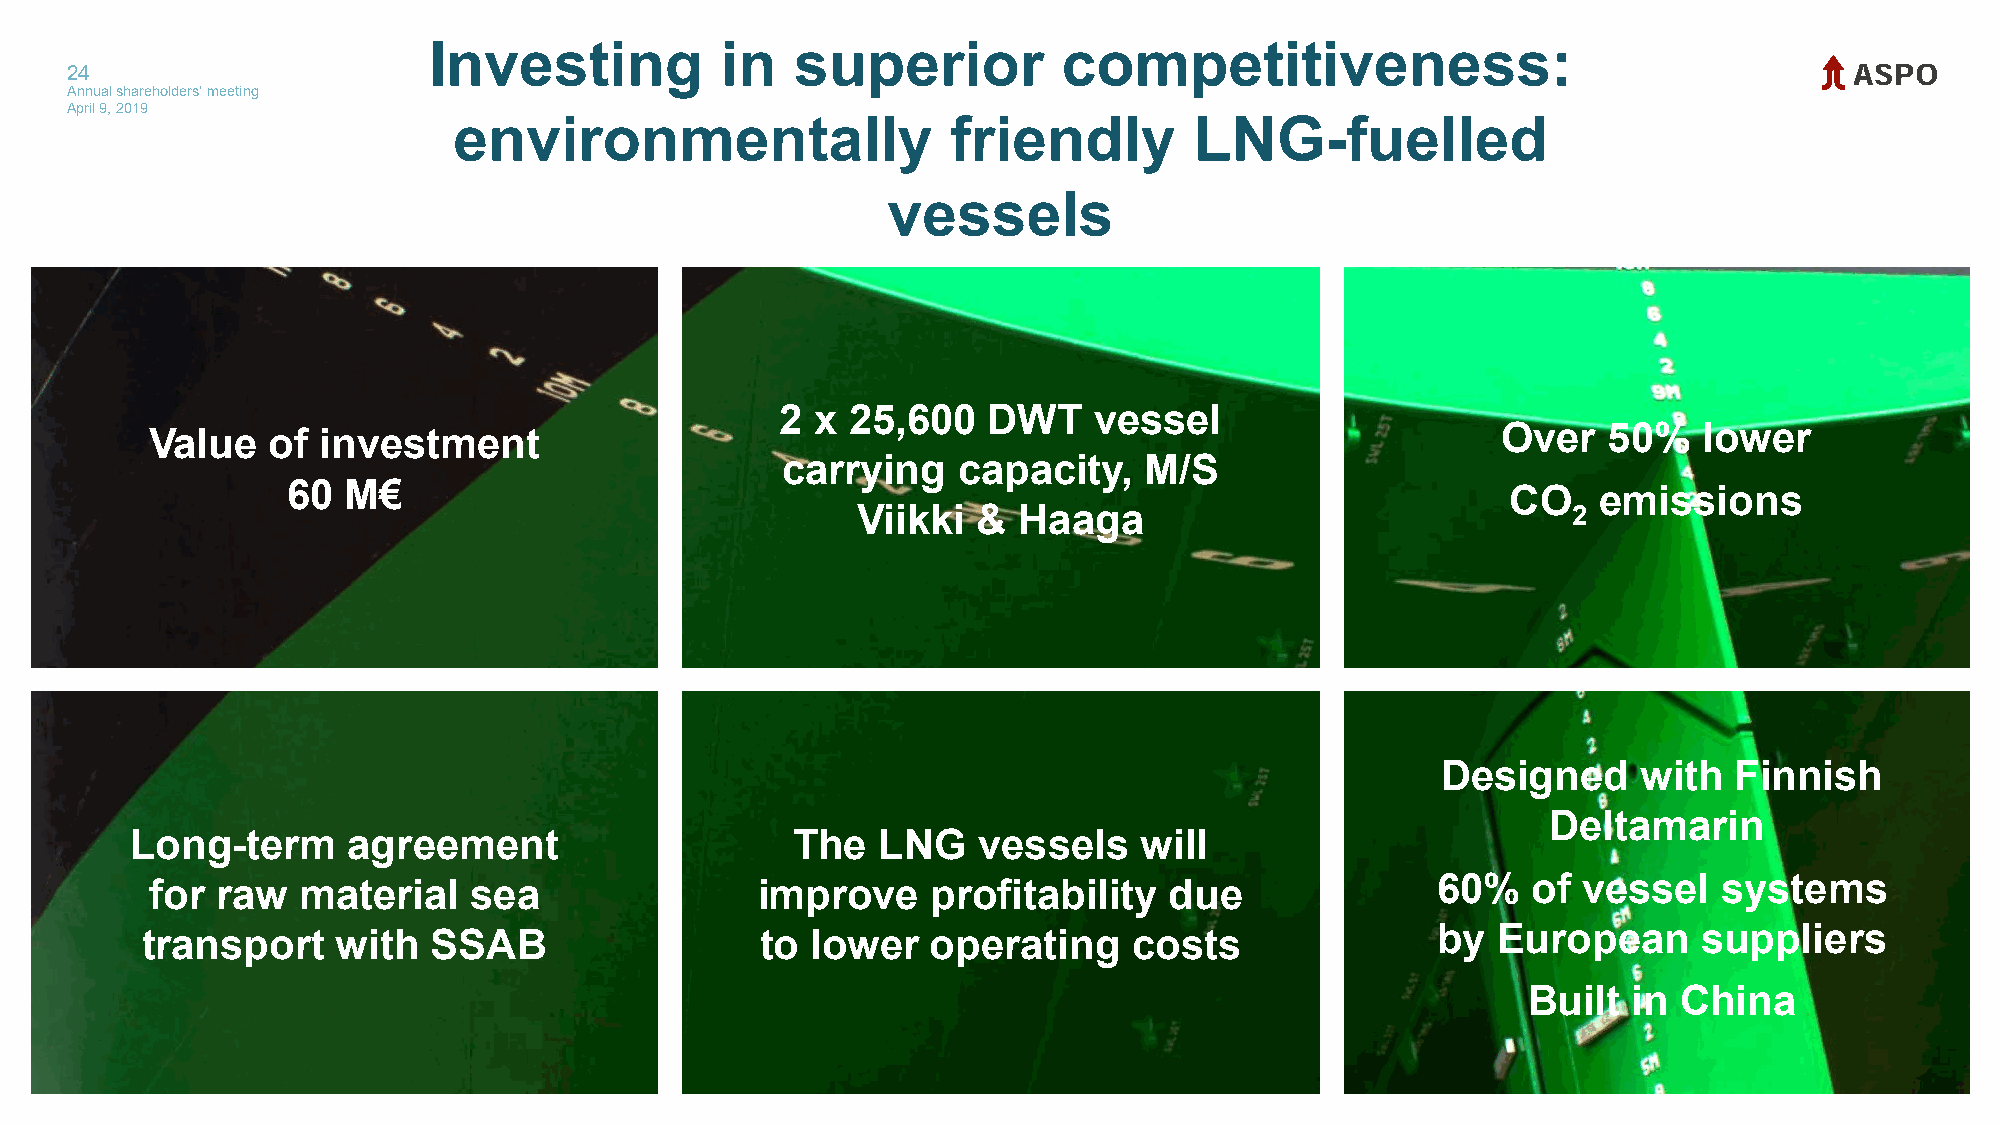
Investing           in   superior         competitiveness:
 24
 Annual shareholders' meeting
 April 9, 2019
 environmentally                  friendly        LNG-fuelled
 vessels
 2 x 25,600   DWT    vessel
 Value   of investment                                                                    Over   50%    lower
 carrying   capacity,    M/S
 60  M€                                                                           CO    emissions
 Viikki  & Haaga                                2
 Designed      with  Finnish
 Deltamarin
 Long-term     agreement                    The   LNG    vessels   will
 for raw   material   sea                improve     profitability  due               60%   of  vessel   systems
 transport    with   SSAB                 to  lower   operating    costs               by  European      suppliers
 Built  in China